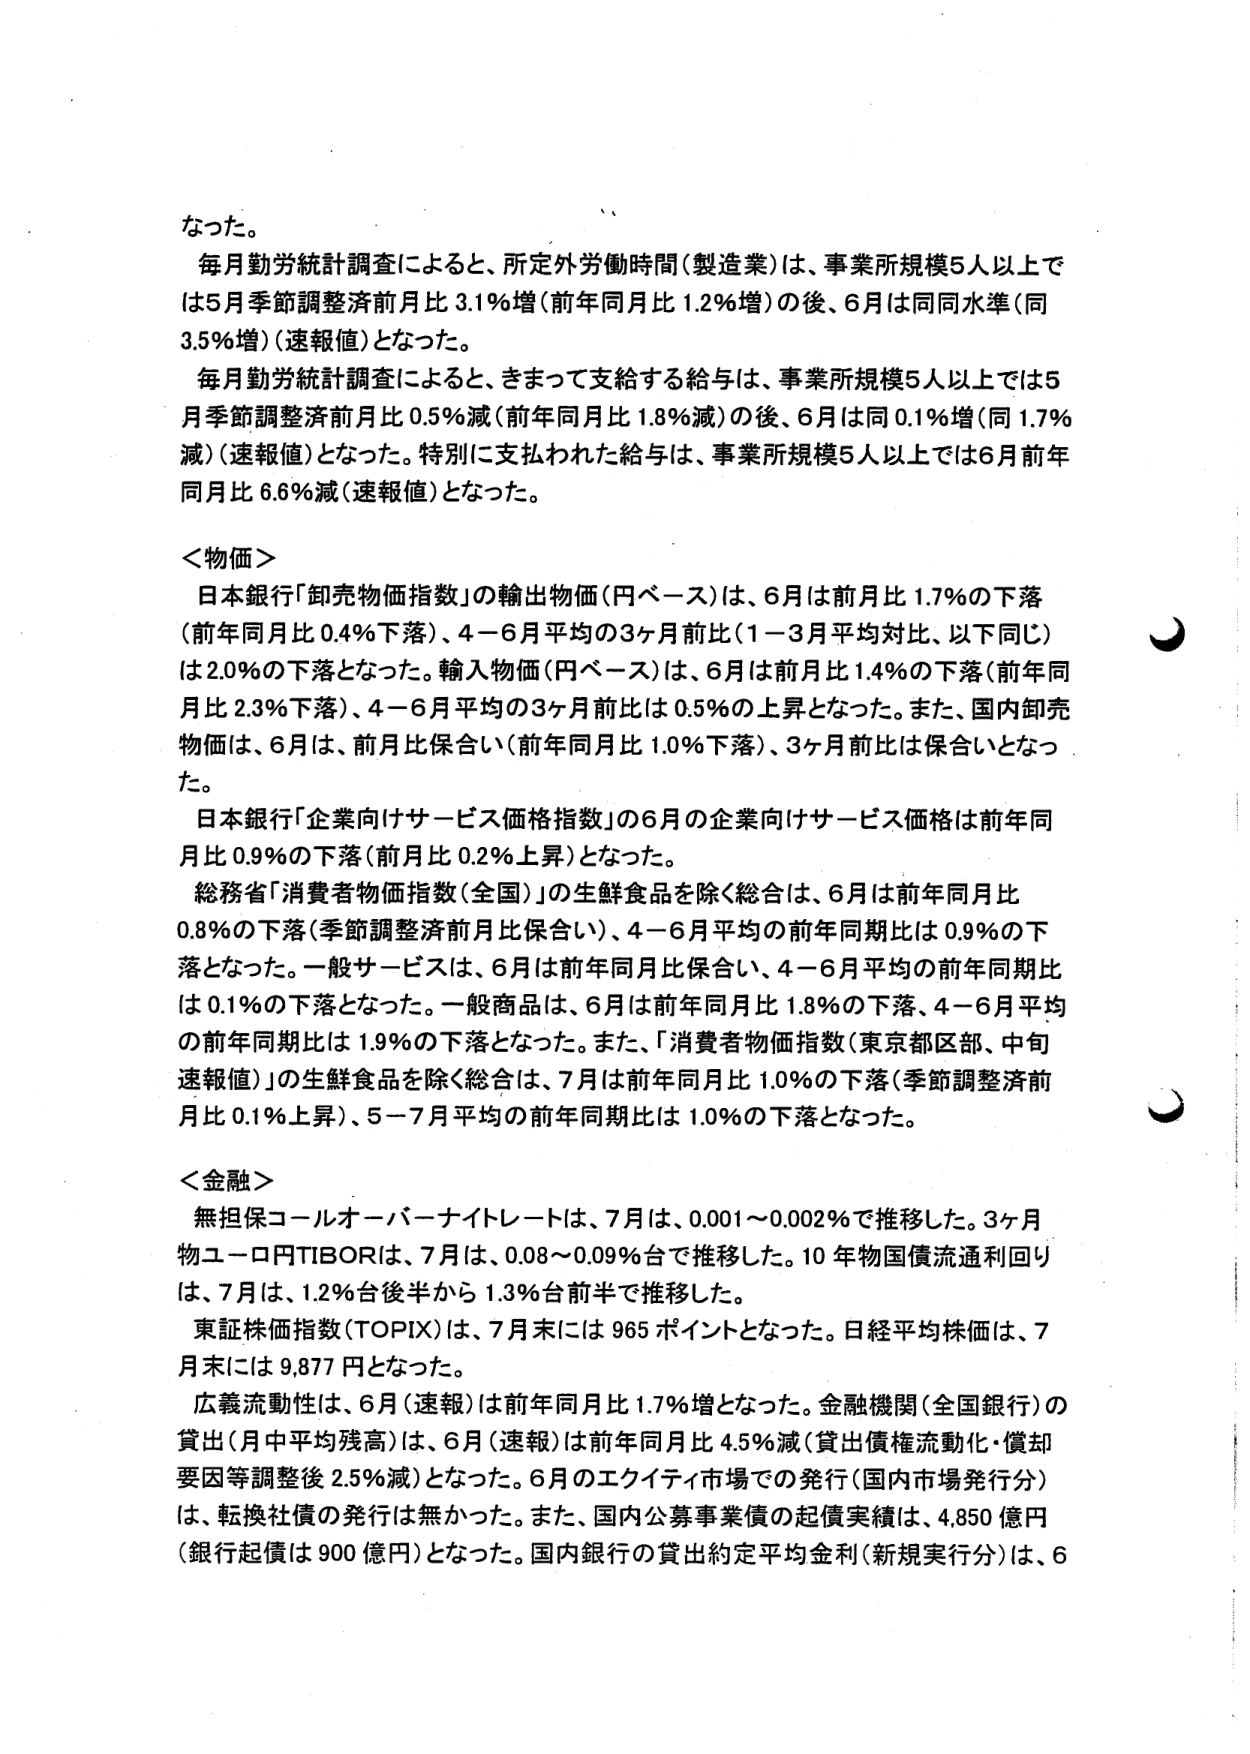
なった。

毎月勤労統計調査によると、所定外労働時間（製造業）は、事業所規模5人以上では5月季節調整済前月比3.1％増（前年同月比1.2％増）の後、6月は同同水準（同3.5％増）（速報値）となった。

毎月勤労統計調査によると、きまって支給する給与は、事業所規模5人以上では5月季節調整済前月比0.5％減（前年同月比1.8％減）の後、6月は同0.1％増（同1.7％減）（速報値）となった。特別に支払われた給与は、事業所規模5人以上では6月前年同月比6.6％減（速報値）となった。

＜物価＞
日本銀行「卸売物価指数」の輸出物価（円ベース）は、6月は前月比1.7％の下落（前年同月比0.4％下落）、4－6月平均の3ヶ月前比（1－3月平均対比、以下同じ）は2.0％の下落となった。輸入物価（円ベース）は、6月は前月比1.4％の下落（前年同月比2.3％下落）、4－6月平均の3ヶ月前比は0.5％の上昇となった。また、国内卸売物価は、6月は、前月比保合い（前年同月比1.0％下落）、3ヶ月前比は保合いとなった。

日本銀行「企業向けサービス価格指数」の6月の企業向けサービス価格は前年同月比0.9％の下落（前月比0.2％上昇）となった。

総務省「消費者物価指数（全国）」の生鮮食品を除く総合は、6月は前年同月比0.8％の下落（季節調整済前月比保合い）、4－6月平均の前年同期比は0.9％の下落となった。一般サービスは、6月は前年同月比保合い、4－6月平均の前年同期比は0.1％の下落となった。一般商品は、6月は前年同月比1.8％の下落、4－6月平均の前年同期比は1.9％の下落となった。また、「消費者物価指数（東京都区部、中旬速報値）」の生鮮食品を除く総合は、7月は前年同月比1.0％の下落（季節調整済前月比0.1％上昇）、5－7月平均の前年同期比は1.0％の下落となった。

＜金融＞
無担保コールオーバーナイトレートは、7月は、0.001～0.002％で推移した。3ヶ月物ユーロ円TIBORは、7月は、0.08～0.09％台で推移した。10年物国債流通利回りは、7月は、1.2％台後半から1.3％台前半で推移した。

東証株価指数（TOPIX）は、7月末には965ポイントとなった。日経平均株価は、7月末には9,877円となった。

広義流動性は、6月（速報）は前年同月比1.7％増となった。金融機関（全国銀行）の貸出（月中平均残高）は、6月（速報）は前年同月比4.5％減（貸出債権流動化・償却要因等調整後2.5％減）となった。6月のエクイティ市場での発行（国内市場発行分）は、転換社債の発行は無かった。また、国内公募事業債の起債実績は、4,850億円（銀行起債は900億円）となった。国内銀行の貸出約定平均金利（新規実行分）は、6